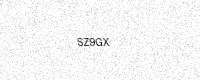
Text: SZ9GX